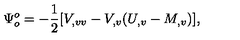
\Psi _ { o } ^ { o } = - { \frac { 1 } { 2 } } [ V _ { , v v } - V _ { , v } ( U _ { , v } - M _ { , v } ) ] ,